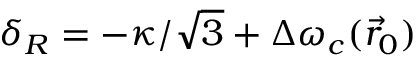
\delta _ { R } = - \kappa / \sqrt 3 + \Delta \omega _ { c } ( \vec { r } _ { 0 } )